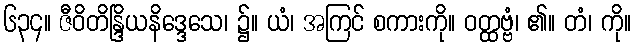
၆၃၄။ ဇီဝိတိန္ဒြိယနိဒ္ဒေသေ၊ ၌။ ယံ၊ အကြင် စကားကို။ ဝတ္ထဗ္ဗံ၊ ၏။ တံ၊ ကို။